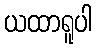
ယထာရူပါ